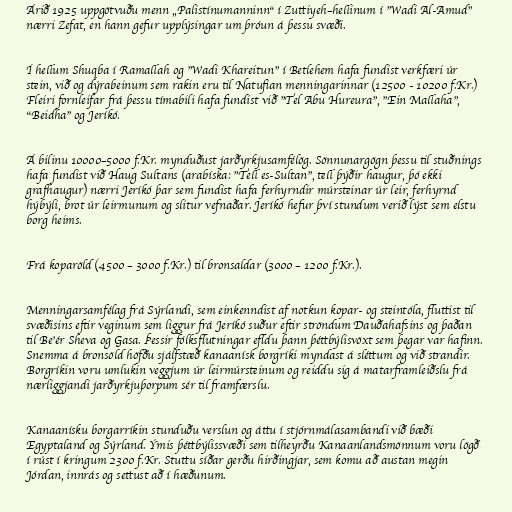
Árið 1925 uppgötvuðu menn „Palistínumanninn“ í Zuttiyeh–hellinum í "Wadi Al-Amud"
nærri Zefat, en hann gefur upplýsingar um þróun á þessu svæði.

Í hellum Shuqba í Ramallah og "Wadi Khareitun" í Betlehem hafa fundist verkfæri úr
stein, við og dýrabeinum sem rakin eru til Natufian menningarinnar (12500 - 10200 f.Kr.)
Fleiri fornleifar frá þessu tímabili hafa fundist við "Tel Abu Hureura", "Ein Mallaha",
"Beidha" og Jeríkó.

Á bilinu 10000–5000 f.Kr. mynduðust jarðyrkjusamfélög. Sönnunargögn þessu til stuðnings
hafa fundist við Haug Sultans (arabíska: "Tell es-Sultan", tell þýðir haugur, þó ekki
grafhaugur) nærri Jeríkó þar sem fundist hafa ferhyrndir múrsteinar úr leir, ferhyrnd
hýbýli, brot úr leirmunum og slitur vefnaðar. Jeríkó hefur því stundum verið lýst sem elstu
borg heims.

Frá koparöld (4500 – 3000 f.Kr.) til bronsaldar (3000 – 1200 f.Kr.).

Menningarsamfélag frá Sýrlandi, sem einkenndist af notkun kopar- og steintóla, fluttist til
svæðisins eftir veginum sem liggur frá Jeríkó suður eftir ströndum Dauðahafsins og þaðan
til Be'ér Sheva og Gasa. Þessir fólksflutningar efldu þann þéttbýlisvöxt sem þegar var hafinn.
Snemma á bronsöld höfðu sjálfstæð kanaanísk borgríki myndast á sléttum og við strandir.
Borgríkin voru umlukin veggjum úr leirmúrsteinum og reiddu sig á matarframleiðslu frá
nærliggjandi jarðyrkjuþorpum sér til framfærslu.

Kanaanísku borgarríkin stunduðu verslun og áttu í stjórnmálasambandi við bæði
Egyptaland og Sýrland. Ýmis þéttbýlissvæði sem tilheyrðu Kanaanlandsmönnum voru lögð
í rúst í kringum 2300 f.Kr. Stuttu síðar gerðu hirðingjar, sem komu að austan megin
Jórdan, innrás og settust að í hæðunum.